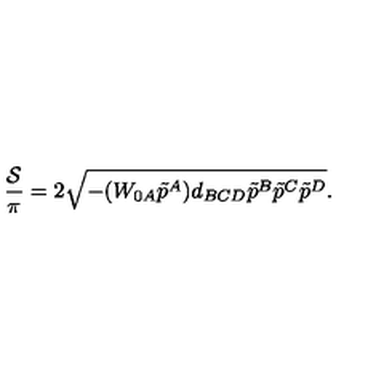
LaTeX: { \frac { \cal S } { \pi } } = 2 \sqrt { - ( W _ { 0 A } \tilde { p } ^ { A } ) d _ { B C D } \tilde { p } ^ { B } \tilde { p } ^ { C } \tilde { p } ^ { D } } .